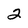
Character: 2